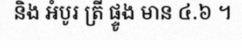
និង អំបូរ ត្រី ផ្ទូង មាន ៤.៦ ។